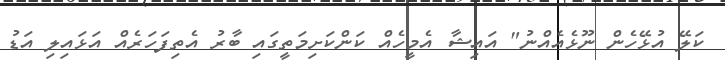
ކަލޭ އުޅޭހެން ނޫޅެއެއްނު" އައިޝާ އެމީހެއް ކަންކަށިމަތީގައި ބާރު އެތިފަހަރެއް އަޅައިލި އަޑު